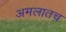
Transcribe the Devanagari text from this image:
अमलातच